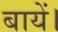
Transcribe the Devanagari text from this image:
बायें।